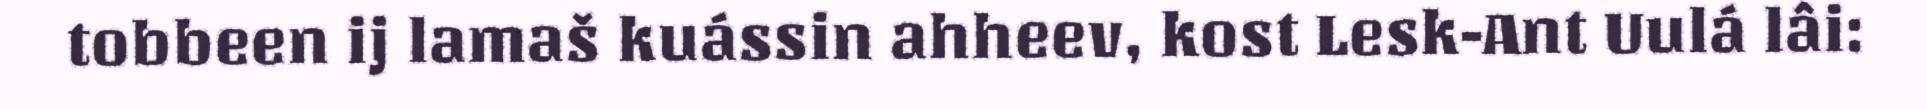
tobbeen ij lamaš kuássin ahheev, kost Lesk-Ant Uulá lâi: